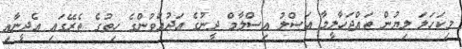
މިކަހަލަ ލިޔުން ތައްޖަހާލީމާ އަސްލު އިސްލާމް ދީނުގެ ޢަދުއްވުންގެ ހިތުގެ ތެރޭގައި އެދީނާއި